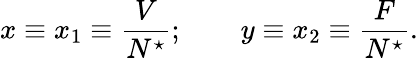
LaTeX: x\equiv x_{1}\equiv\frac{V}{N^{\star}};\qquad y\equiv x_{2}\equiv\frac{F}{N^{\star}}.